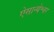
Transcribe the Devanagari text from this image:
ऐसान्येश्वर